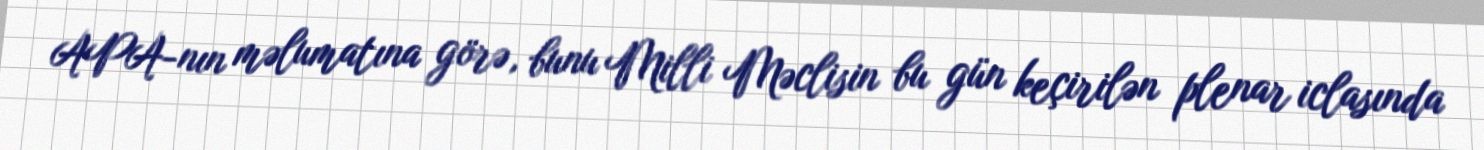
APA-nın məlumatına görə, bunu Milli Məclisin bu gün keçirilən plenar iclasında